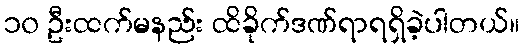
၁၀ ဦးထက်မနည်း ထိခိုက်ဒဏ်ရာရရှိခဲ့ပါတယ်။